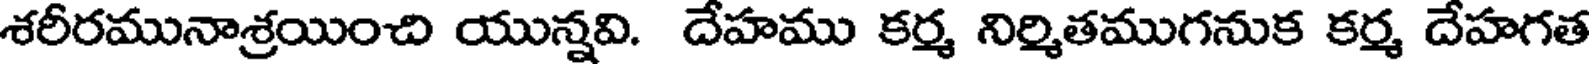
శరీరమునాశ్రయించి యున్నవి. దేహము కర్మ నిర్మితముగనుక కర్మ దేహగత